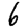
Digit: 6